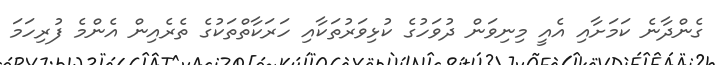
ގެންދާނެ ކަމަށާއި އެއީ މިނިވަން ދުވަހުގެ ކުޅިވަރުތަކާއި ހަރަކާތްތަކުގެ ތެރެއިން އެންމެ ފުރިހަމަ